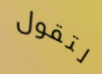
لتقول